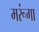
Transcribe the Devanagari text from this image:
मरूंगा